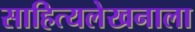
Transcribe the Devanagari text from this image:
साहित्यलेखनाला